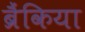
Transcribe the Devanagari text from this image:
ब्रैंकिया